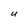
Character: U